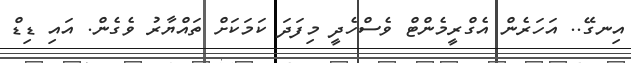
އިނގޭ.. އަހަރެން އެގްރީމެންޓް ވެސްހެދީ މިފަދަ ކަަަމަކަށް ތައްޔާރު ވެގެން. އައި ޑިޑް